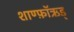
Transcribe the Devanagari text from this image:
शाण्फ़ॉऋड्